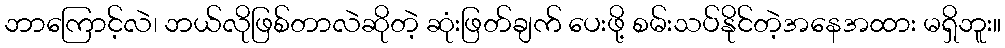
ဘာကြောင့်လဲ၊ ဘယ်လိုဖြစ်တာလဲဆိုတဲ့ ဆုံးဖြတ်ချက် ပေးဖို့ စမ်းသပ်နိုင်တဲ့အနေအထား မရှိဘူး။